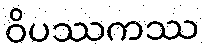
ဝိပဿကဿ